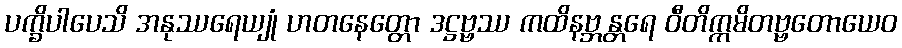
ပက္ခိပါပေသိ အနုဿရေယျုံ ဟတနေတ္တော ဒဋ္ဌဗ္ဗဿ ကထိနဗ္ဘန္တရေ ဝီတိက္ကမိတဗ္ဗတောယေဝ